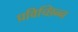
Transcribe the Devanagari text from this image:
प्रविच्छिन्न